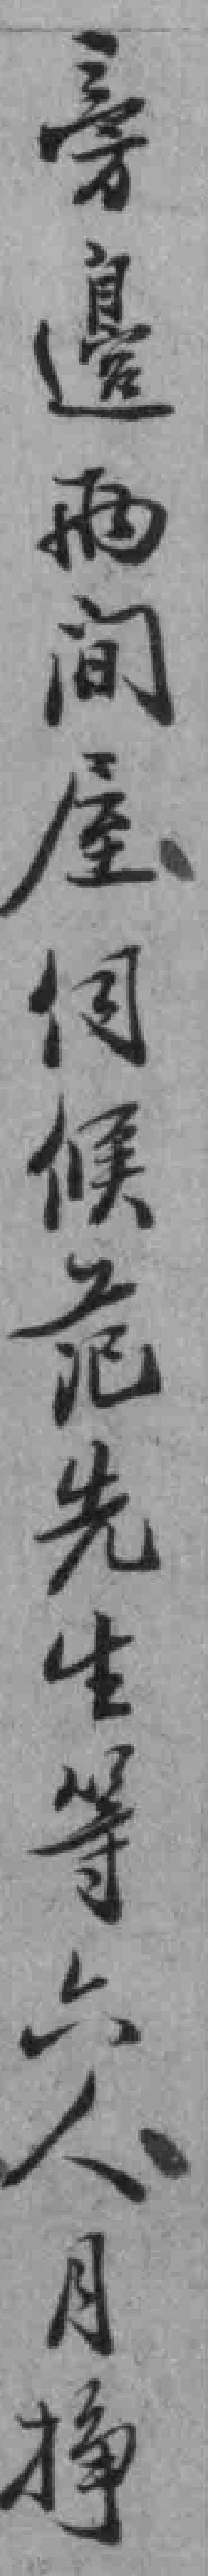
旁邊兩间屋伺候范先生等六人月挣